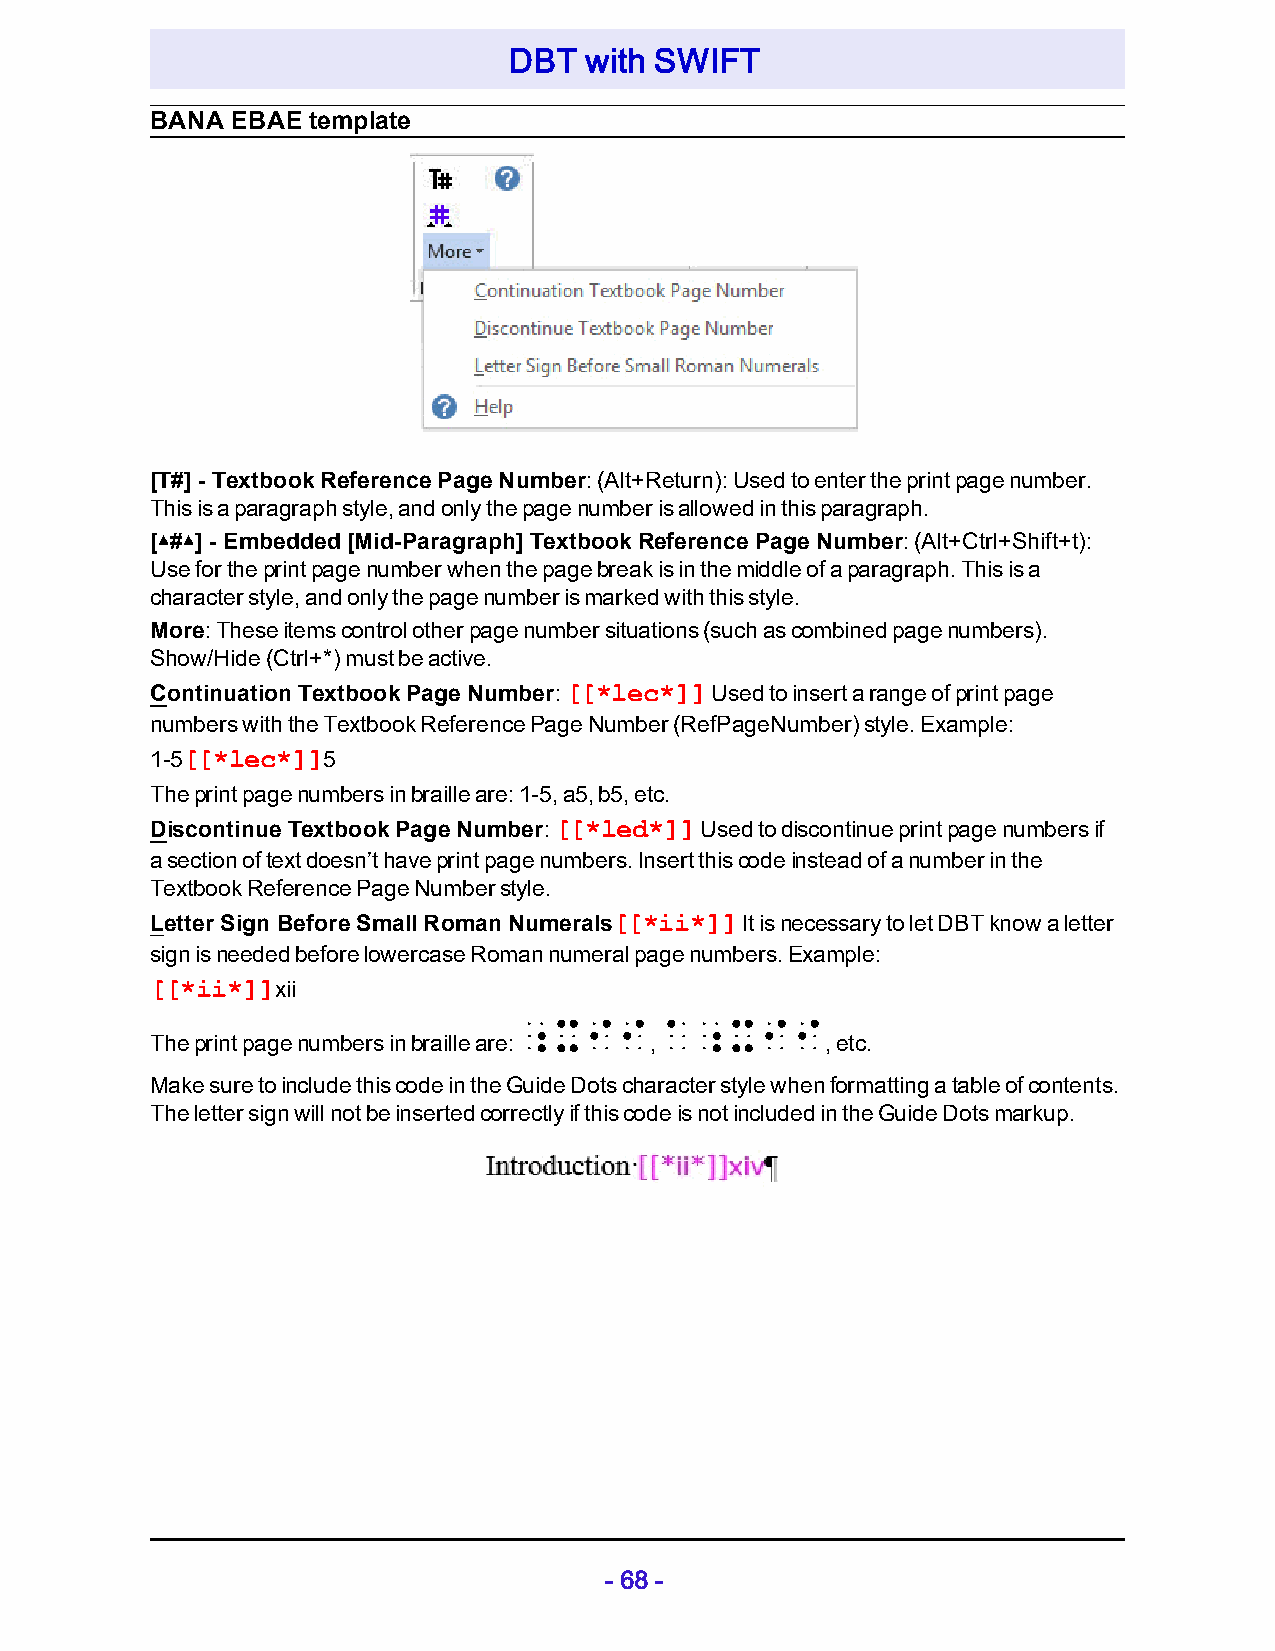
DBT  with SWIFT
 BANA EBAE template
 [T#] - Textbook Reference Page Number: (Alt+Return): Used to enter the print page number.
 This is a paragraph style, and only the page number is allowed in this paragraph.
 [▴#▴] - Embedded [Mid-Paragraph] Textbook Reference Page Number: (Alt+Ctrl+Shift+t):
 Use for the print page number when the page break is in the middle of a paragraph. This is a
 character style, and only the page number is marked with this style.
 More: These items control other page number situations (such as combined page numbers).
 Show/Hide (Ctrl+*) must be active.
 Continuation Textbook Page Number: [[*lec*]] Used to insert a range of print page
 numbers with the Textbook Reference Page Number (RefPageNumber) style. Example:
 1-5[[*lec*]]5
 The print page numbers in braille are: 1-5, a5, b5, etc.
 Discontinue Textbook Page Number: [[*led*]] Used to discontinue print page numbers if
 a section of text doesn’t have print page numbers. Insert this code instead of a number in the
 Textbook Reference Page Number style.
 Letter Sign Before Small Roman Numerals[[*ii*]] It is necessary to let DBT know a letter
 sign is needed before lowercase Roman numeral page numbers. Example:
 [[*ii*]]xii
 ;xii      a;xii
 The print page numbers in braille are: ,     , etc.
 Make sure to include this code in the Guide Dots character style when formatting a table of contents.
 The letter sign will not be inserted correctly if this code is not included in the Guide Dots markup.
 - 68 -